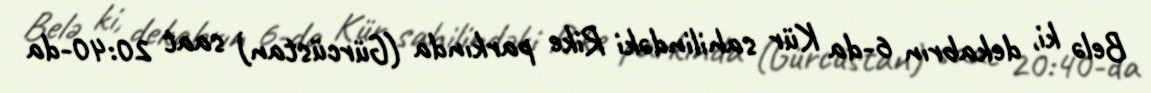
Belə ki, dekabrın 6-da Kür sahilindəki Rike parkında (Gürcüstan) saat 20:40-da